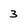
Character: 3